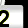
Digit: 2